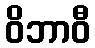
ဝိဘာဝီ